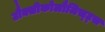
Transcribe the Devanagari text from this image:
टौक्सीकोलौजिस्ट्स